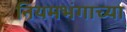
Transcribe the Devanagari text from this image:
नियमभंगाच्या